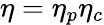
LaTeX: \eta=\eta_{p}\eta_{c}